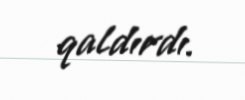
qaldırdı.